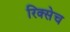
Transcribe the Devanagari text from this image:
रिक्सेच